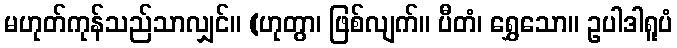
မဟုတ်ကုန်သည်သာလျှင်။ (ဟုတွာ၊ ဖြစ်လျက်။ ပီတံ၊ ရွှေသော။ ဥပါဒါရူပံ